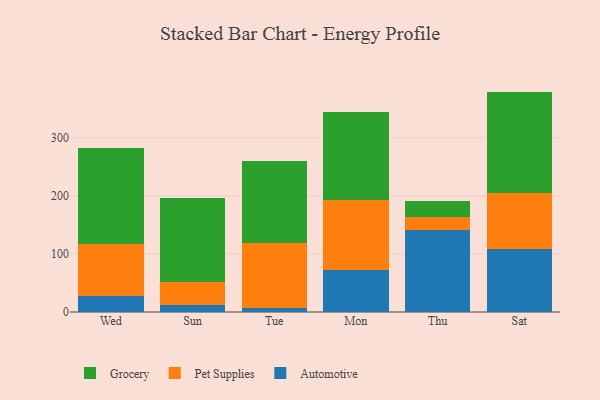
{"axis": {"x": "Day", "y": "Customer Acquisition Cost (USD)"}, "legend": ["Automotive", "Grocery", "Pet Supplies"], "data": [{"x": "Wed", "y": 28.1, "type": "Automotive"}, {"x": "Wed", "y": 88.8, "type": "Pet Supplies"}, {"x": "Wed", "y": 165.6, "type": "Grocery"}, {"x": "Sun", "y": 11.6, "type": "Automotive"}, {"x": "Sun", "y": 40.2, "type": "Pet Supplies"}, {"x": "Sun", "y": 145.2, "type": "Grocery"}, {"x": "Tue", "y": 6.9, "type": "Automotive"}, {"x": "Tue", "y": 112.7, "type": "Pet Supplies"}, {"x": "Tue", "y": 140.8, "type": "Grocery"}, {"x": "Mon", "y": 71.9, "type": "Automotive"}, {"x": "Mon", "y": 120.9, "type": "Pet Supplies"}, {"x": "Mon", "y": 151.7, "type": "Grocery"}, {"x": "Thu", "y": 142.0, "type": "Automotive"}, {"x": "Thu", "y": 21.6, "type": "Pet Supplies"}, {"x": "Thu", "y": 28.2, "type": "Grocery"}, {"x": "Sat", "y": 108.1, "type": "Automotive"}, {"x": "Sat", "y": 96.1, "type": "Pet Supplies"}, {"x": "Sat", "y": 175.2, "type": "Grocery"}]}